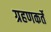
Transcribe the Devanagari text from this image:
ग्रहणकर्ते